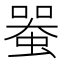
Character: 𧍨